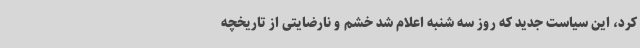
کرد، این سیاست جدید که روز سه شنبه اعلام شد خشم و نارضایتی از تاریخچه